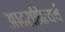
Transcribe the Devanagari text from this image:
आदराप्रित्यर्थ